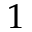
1